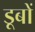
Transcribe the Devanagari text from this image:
डूबों